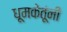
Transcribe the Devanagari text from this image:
धूमकेतूंनी